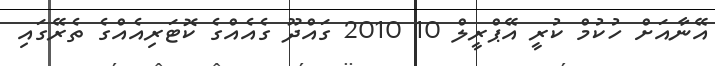
އޭނާއަށް ހުުކުމް ކުރީ އޭޕްރީލް 10 2010 ގައްދޫ ގެއެއްގެ ކޮޓަރިއެއްގެ ތެރޭގައި